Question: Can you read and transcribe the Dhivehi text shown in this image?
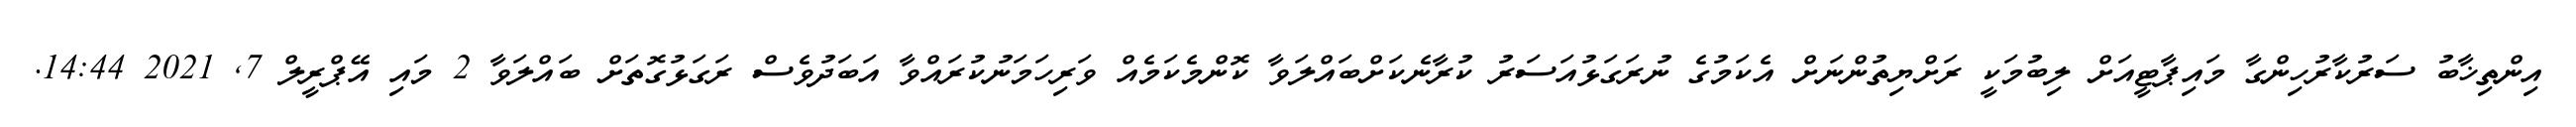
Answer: އިންތިޚާބު ސަރުކާރުހިންގާ މައިޕާޓީއަށް ލިބުމަކީ ރަށްޔިތުންނަށް އެކަމުގެ ނުރަގަޅުއަސަރު ކުރާނެކަށްބައްލަވާ ކޮންމެކަމެއް ވަރިހަމަނުކުރައްވާ އަބަދުވެސް ރަގަޅުގޮތަށް ބައްލަވާ 2 މައި އޭޕްރީލް 7, 2021 14:44.